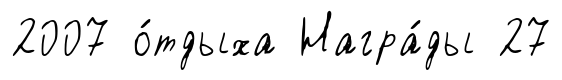
2007 о́тдыха Награ́ды 27